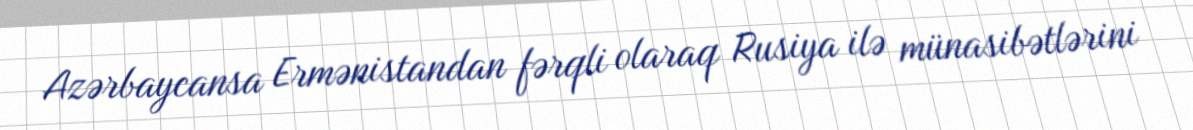
Azərbaycansa Ermənistandan fərqli olaraq Rusiya ilə münasibətlərini